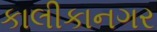
કાલીકાનગર